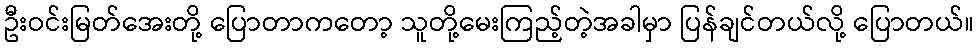
ဦးဝင်းမြတ်အေးတို့ ပြောတာကတော့ သူတို့မေးကြည့်တဲ့အခါမှာ ပြန်ချင်တယ်လို့ ပြောတယ်။